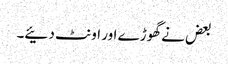
بعض نے گھوڑے اور اونٹ دئیے۔